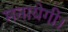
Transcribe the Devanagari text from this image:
मनायेगी।